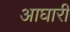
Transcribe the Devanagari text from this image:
आघारी